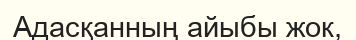
Адасқанның айыбы жок,